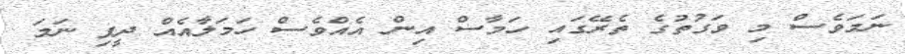
ނަމަވެސް މި ވަގުތުގެ ތެރޭގައި ހަމާސް އިން އެއްވެސް ހަމަލާއެއް ދީފި ނަމަ